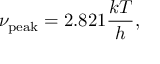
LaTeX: \nu _ { \mathrm { p e a k } } = 2 . 8 2 1 { \frac { k T } { h } } ,